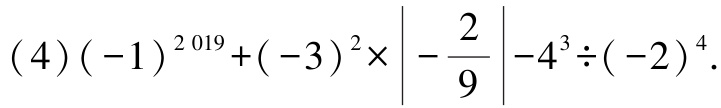
\((4)(-1)^{2019}+(-3)^{2}\times\left|-\frac{2}{9}\right|-4^{3}\div(-2)^{4}\)